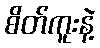
စိတ်ကူးနဲ့